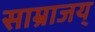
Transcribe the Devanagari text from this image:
साम्राजय्